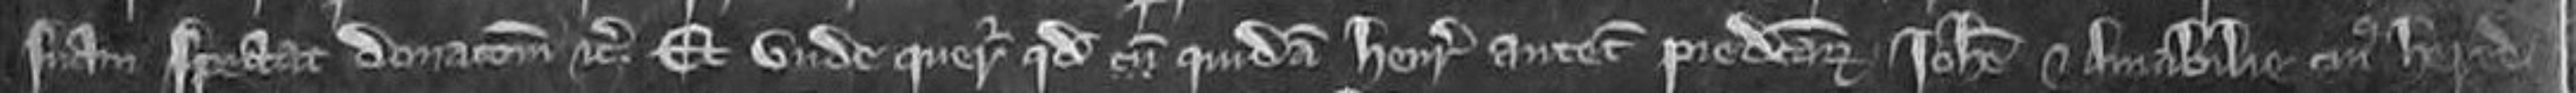
suam spectat donacionem etc. Et unde queruntur quod quidam Henricus antecessor predictarum Johanne et Amabilie. cujus heredes